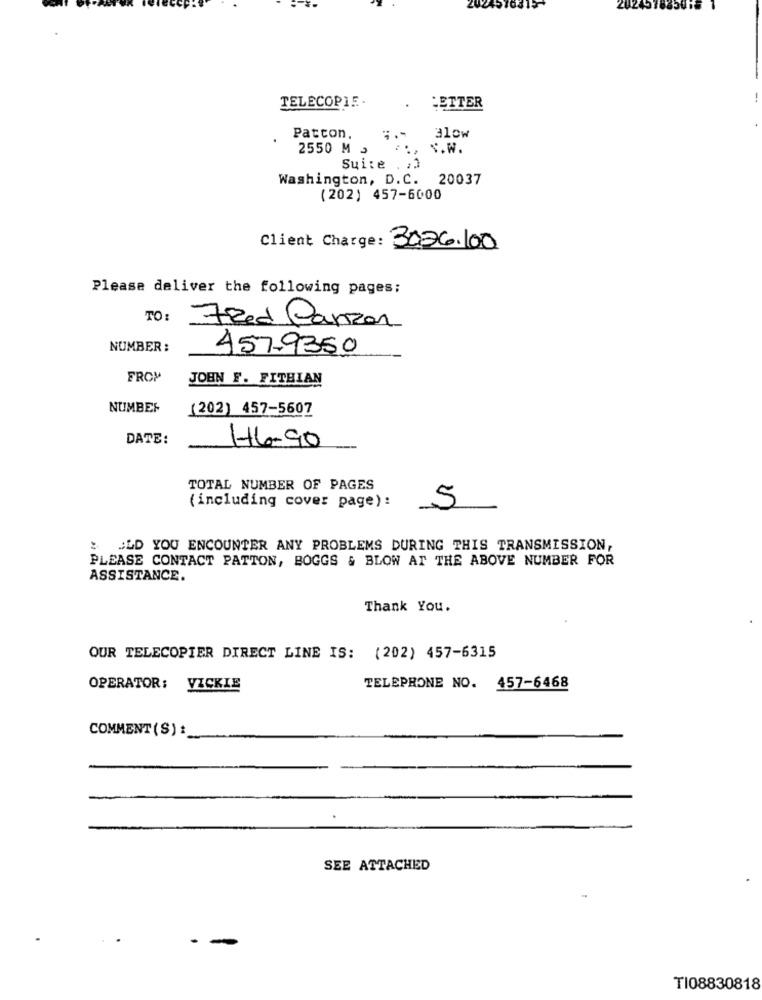
457031
TELECOPIE-
LETTER
Patton.
310w
2550 M 3
Suite
. ..
Washington, D.C.
20037
(202) 457-6000
Client Charge:
3026.100
Please deliver the following pages:
TO :
Fred Canzon
NUMBER :
457-9350
FROM
JOHN F. FITHIAN
NUMBER
(202) 457-5607
DATE:
H6-90
TOTAL NUMBER OF PAGES
( including cover page):
5
: JLD YOU ENCOUNTER ANY PROBLEMS DURING THIS TRANSMISSION,
PLEASE CONTACT PATTON, BOGGS & BLOW AT THE ABOVE NUMBER FOR
ASSISTANCE.
Thank You.
OUR TELECOPIER DIRECT LINE IS: (202) 457-6315
OPERATOR: VICKIE
TELEPHONE NO. 457-6468
COMMENT (S) :_
SEE ATTACHED
TI08830818